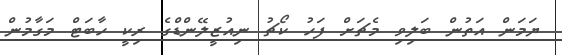
ޔަމަން އަތުން ބަލިވި މެޗަށް ފަހު ކޯޗު ނިއުޒީލޭންޑްގެ ރިކީ ހާބަޓް މަގާމުން